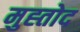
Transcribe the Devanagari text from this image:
मुह्तोद